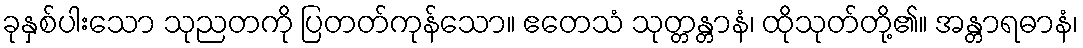
ခုနှစ်ပါးသော သုညတကို ပြတတ်ကုန်သော။ ဧတေသံ သုတ္တန္တာနံ၊ ထိုသုတ်တို့၏။ အန္တာရဓာနံ၊